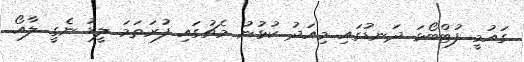
ގައުމީ ފުޓްބޯޅަ ދަނޑުގައި މިއަދު ކުޅުނު މެޗުގައި ފުރަތަމަ ލީޑު ނެގީ ލާއޯ